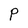
Character: P